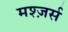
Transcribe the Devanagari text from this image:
मश्ज़र्स